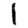
Digit: 1